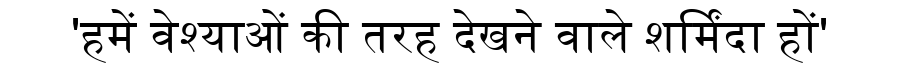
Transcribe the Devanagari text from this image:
'हमें वेश्याओं की तरह देखने वाले शर्मिंदा हों'